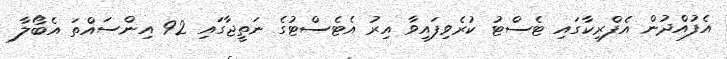
އެފުއްދުން އެފްރިކާގައި ޓެސްޓު ކުރެވިފައިވާ އިރު އެޓެސްޓުގެ ނަތީޖާގައި 92 އިންސައްތަ އެބޯލާ